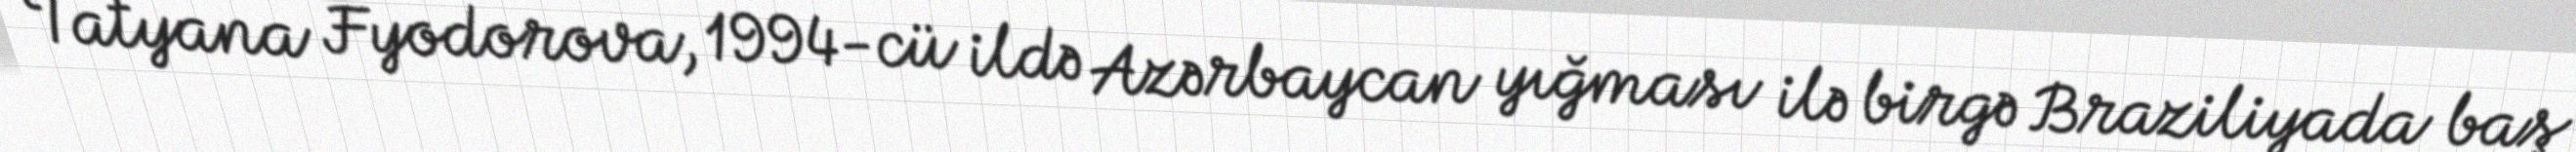
Tatyana Fyodorova, 1994-cü ildə Azərbaycan yığması ilə birgə Braziliyada baş